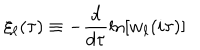
LaTeX: \xi _ { \ell } ( \tau ) \equiv - \frac { d } { d \tau } \ln \left[ w _ { \ell } ( i \tau ) \right]